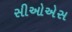
સીઓએસ